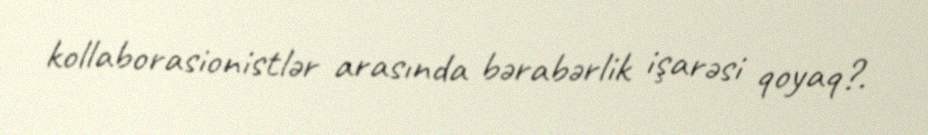
kollaborasionistlər arasında bərabərlik işarəsi qoyaq?.